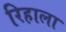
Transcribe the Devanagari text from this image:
रिहाला